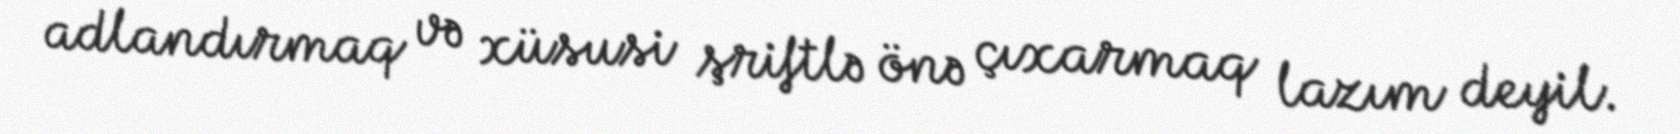
adlandırmaq və xüsusi şriftlə önə çıxarmaq lazım deyil.